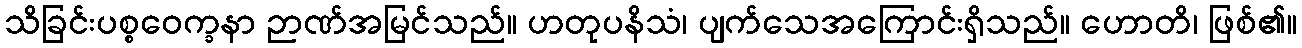
သိခြင်းပစ္စဝေက္ခနာ ဉာဏ်အမြင်သည်။ ဟတုပနိသံ၊ ပျက်သေအကြောင်းရှိသည်။ ဟောတိ၊ ဖြစ်၏။